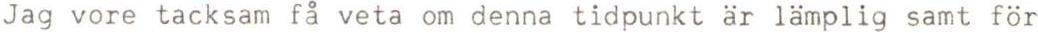
Jag vore tacksam få veta om denna tidpunkt är lämplig samt för